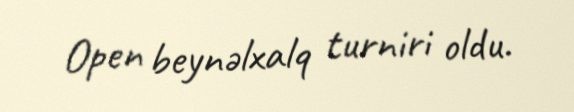
Open beynəlxalq turniri oldu.